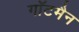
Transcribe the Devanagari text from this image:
गॉटमैन